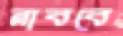
নাববে